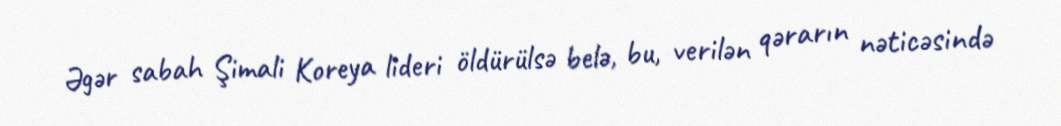
Əgər sabah Şimali Koreya lideri öldürülsə belə, bu, verilən qərarın nəticəsində